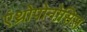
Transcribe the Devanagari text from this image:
एंथ्रोपोनोसिस